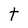
Character: t